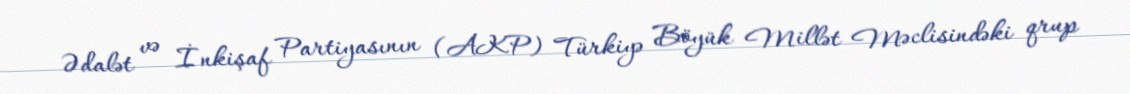
Ədalət və İnkişaf Partiyasının (AKP) Türkiyə Böyük Millət Məclisindəki qrup